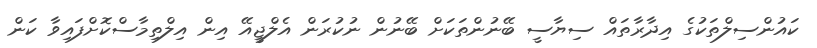
ކައުންސިލްތަކުގެ އިދާރާތައް ސިޔާސީ ބޭނުންތަކަށް ބޭނުން ނުކުރަން އެލްޖީއޭ އިން އިލްތިމާސްކޮށްފައިވާ ކަން